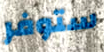
ستوفر